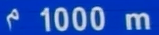
¹1000 m